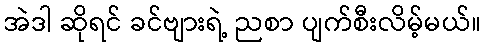
အဲဒါ ဆိုရင် ခင်ဗျားရဲ့ ညစာ ပျက်စီးလိမ့်မယ်။